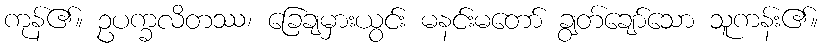
ကုန်၏။ ဥပက္ခလိတဿ၊ ခြေချမှားယွင်း မနင်းမတော် ချွတ်ချော်သော သူကန်း၏။